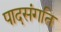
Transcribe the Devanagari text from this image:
पादसंगति